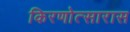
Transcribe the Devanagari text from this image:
किरणोत्सारास